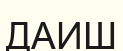
ДАИШ